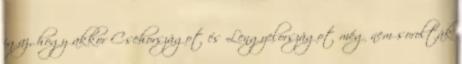
igaz, hogy akkor Csehországot és Lengyelországot még nem sorolták